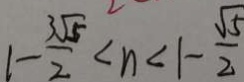
1 - \frac { 3 \sqrt { 5 } } { 2 } < n < 1 - \frac { \sqrt { 5 } } { 2 }